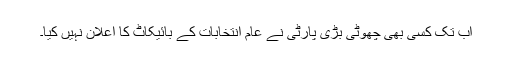
اب تک کسی بھی چھوٹی بڑی پارٹی نے عام انتخابات کے بائیکاٹ کا اعلان نہیں کیا۔